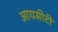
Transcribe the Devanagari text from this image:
आयसीटी